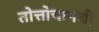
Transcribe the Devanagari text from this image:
तोत्तोचानची